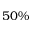
5 0 \%